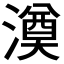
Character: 𣾇